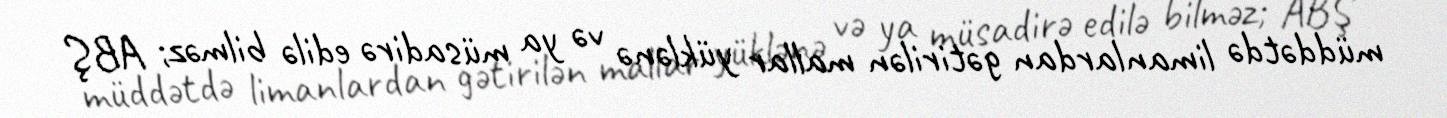
müddətdə limanlardan gətirilən mallar yüklənə və ya müsadirə edilə bilməz; ABŞ